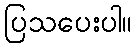
ပြသပေးပါ။